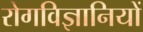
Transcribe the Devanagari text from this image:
रोगविज्ञानियों